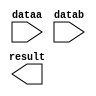
module add32 (
	dataa,
	datab,
	result)/* synthesis synthesis_clearbox = 1 */;

	input	[7:0]  dataa;
	input	[7:0]  datab;
	output	[7:0]  result;

endmodule